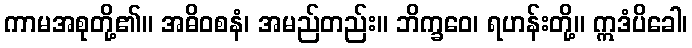
ကာမအစုတို့၏။ အဓိဝစနံ၊ အမည်တည်း။ ဘိက္ခဝေ၊ ရဟန်းတို့။ ဣဒံပိခေါ၊